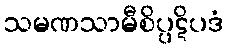
သမဏသာမီစိပ္ပဋိပဒံ